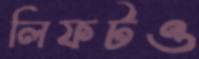
লিফটও